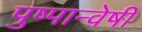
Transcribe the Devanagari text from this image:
पुष्पान्वेषी